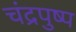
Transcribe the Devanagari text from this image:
चंद्रपुष्प